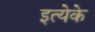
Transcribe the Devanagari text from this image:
इत्येके